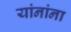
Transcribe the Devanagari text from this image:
यांनांना